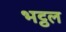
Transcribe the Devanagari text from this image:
भट्ठल